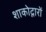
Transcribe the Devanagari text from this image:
शाकोद्गारों